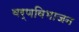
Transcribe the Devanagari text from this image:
वर्णविभाजन